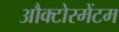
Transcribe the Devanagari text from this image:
औक्टोरमेंटम